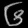
Digit: ၆